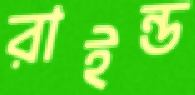
রাইন্ড